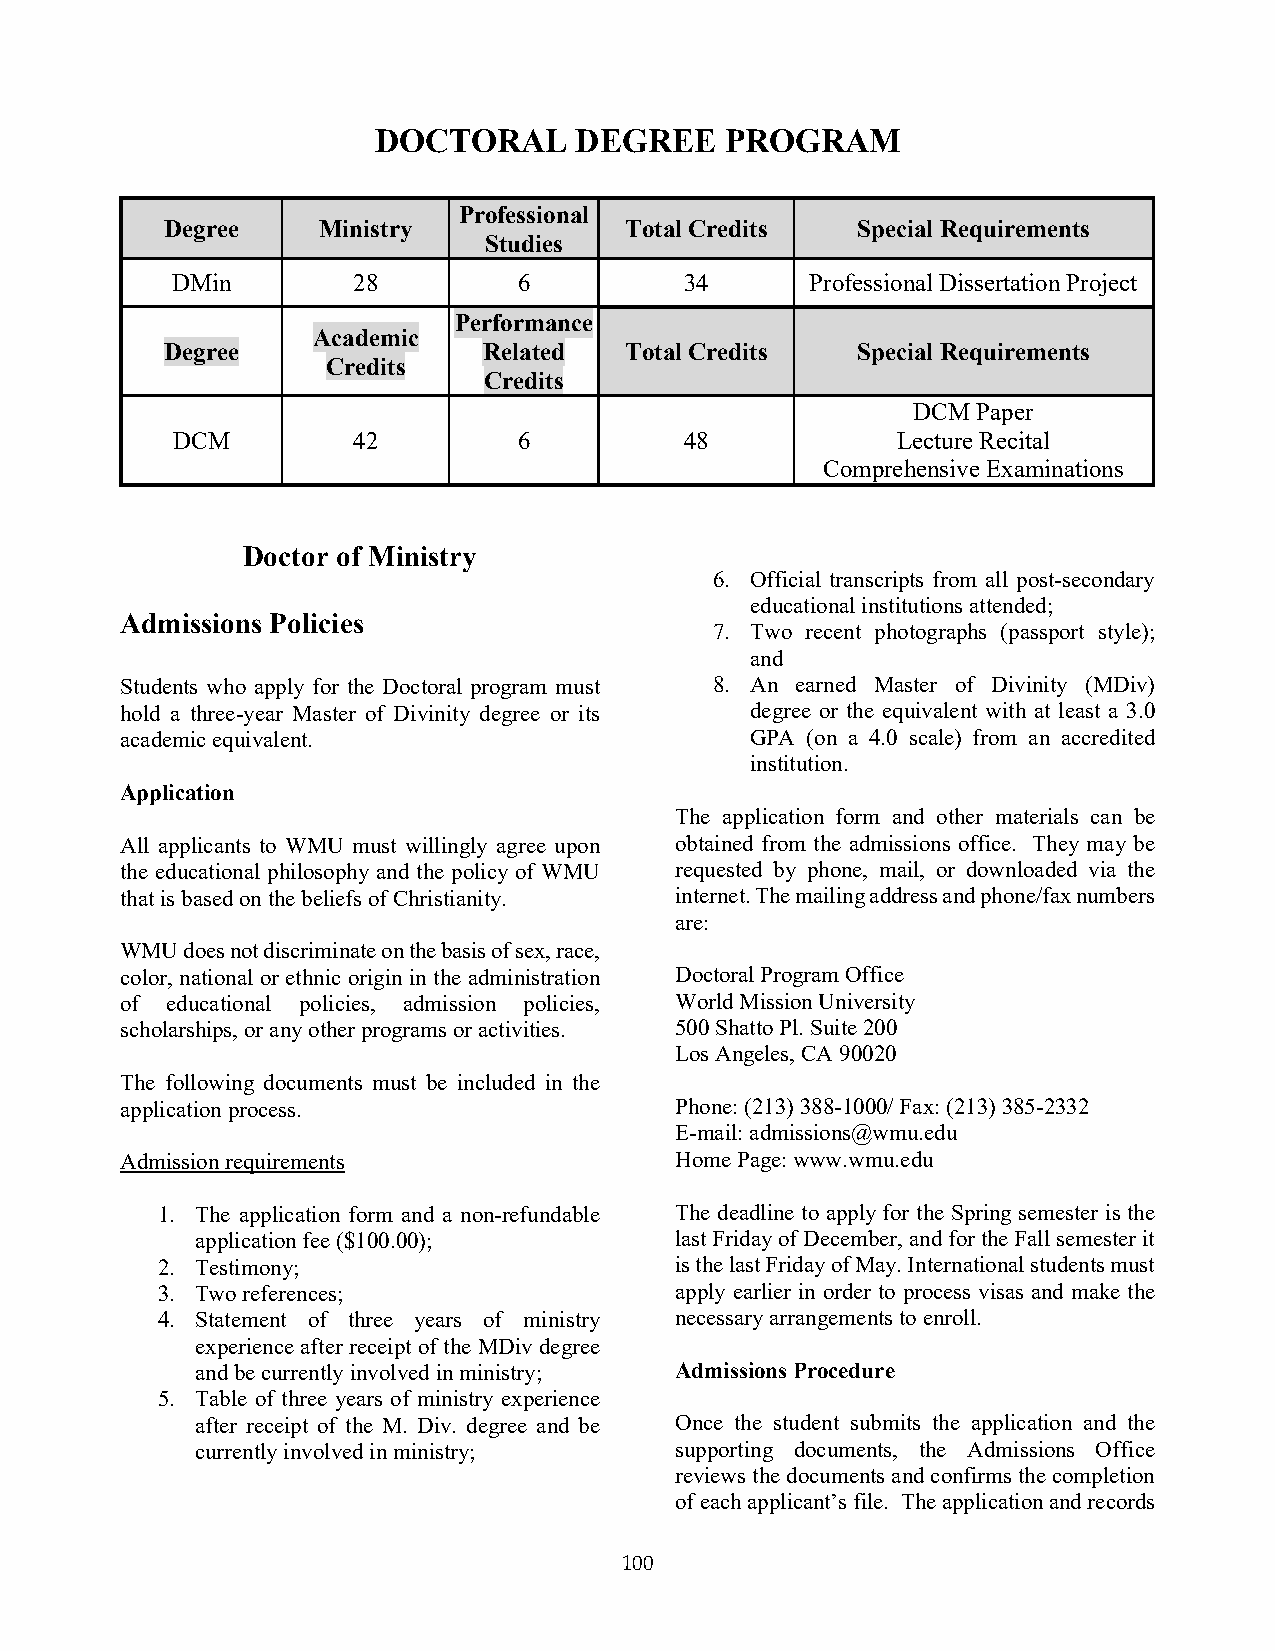
DOCTORAL     DEGREE    PROGRAM
 Professional
 Degree    Ministry            Total Credits   Special Requirements
 Studies
 DMin        28         6          34       Professional Dissertation Project
 Performance
 Academic
 Degree               Related  Total Credits   Special Requirements
 Credits
 Credits
 DCM  Paper
 DCM         42         6          48            Lecture Recital
 Comprehensive Examinations
 Doctor of Ministry
 6. Official transcripts from all post-secondary
 educational institutions attended;
 Admissions Policies
 7. Two recent photographs (passport style);
 and
 Students who apply for the Doctoral program must 8. An earned Master of Divinity (MDiv)
 hold a three-year Master of Divinity degree or its degree or the equivalent with at least a 3.0
 academic equivalent.                      GPA (on a 4.0 scale) from an accredited
 institution.
 Application
 The application form and other materials can be
 All applicants to WMU must willingly agree upon obtained from the admissions office. They may be
 the educational philosophy and the policy of WMU requested by phone, mail, or downloaded via the
 that is based on the beliefs of Christianity. internet. The mailing address and phone/fax numbers
 are:
 WMU does not discriminate on the basis of sex, race,
 color, national or ethnic origin in the administration Doctoral Program Office
 of educational policies, admission policies, World Mission University
 scholarships, or any other programs or activities. 500 Shatto Pl. Suite 200
 Los Angeles, CA 90020
 The following documents must be included in the
 application process.                 Phone: (213) 388-1000/ Fax: (213) 385-2332
 E-mail: admissions@wmu.edu
 Admission requirements               Home Page: www.wmu.edu
 1. The application form and a non-refundable The deadline to apply for the Spring semester is the
 application fee ($100.00);      last Friday of December, and for the Fall semester it
 2. Testimony;                      is the last Friday of May. International students must
 3. Two references;                 apply earlier in order to process visas and make the
 4. Statement of three years of ministry necessary arrangements to enroll.
 experience after receipt of the MDiv degree
 and be currently involved in ministry; Admissions Procedure
 5. Table of three years of ministry experience
 after receipt of the M. Div. degree and be Once the student submits the application and the
 currently involved in ministry; supporting documents, the Admissions Office
 reviews the documents and confirms the completion
 of each applicant’s file. The application and records
 100